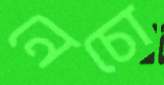
নেচো